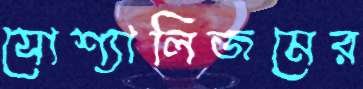
সোশ্যালিজমের